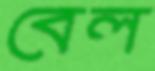
বেল